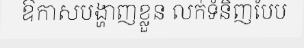
ឱកាសបង្ហាញខ្លួន លក់ទំនិញបែប